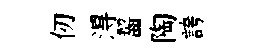
仞淂齧陶誇